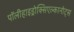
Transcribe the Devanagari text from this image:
पॉलीहाइड्रोक्सिएल्कानोट्स